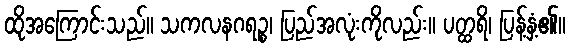
ထိုအကြောင်းသည်။ သကလနဂရဉ္စ၊ ပြည်အလုံးကိုလည်း။ ပတ္ထရိ၊ ပြန့်နှံ့၏။